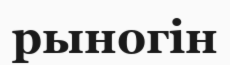
рыногін